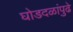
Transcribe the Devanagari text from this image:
घोडदळांपुढे